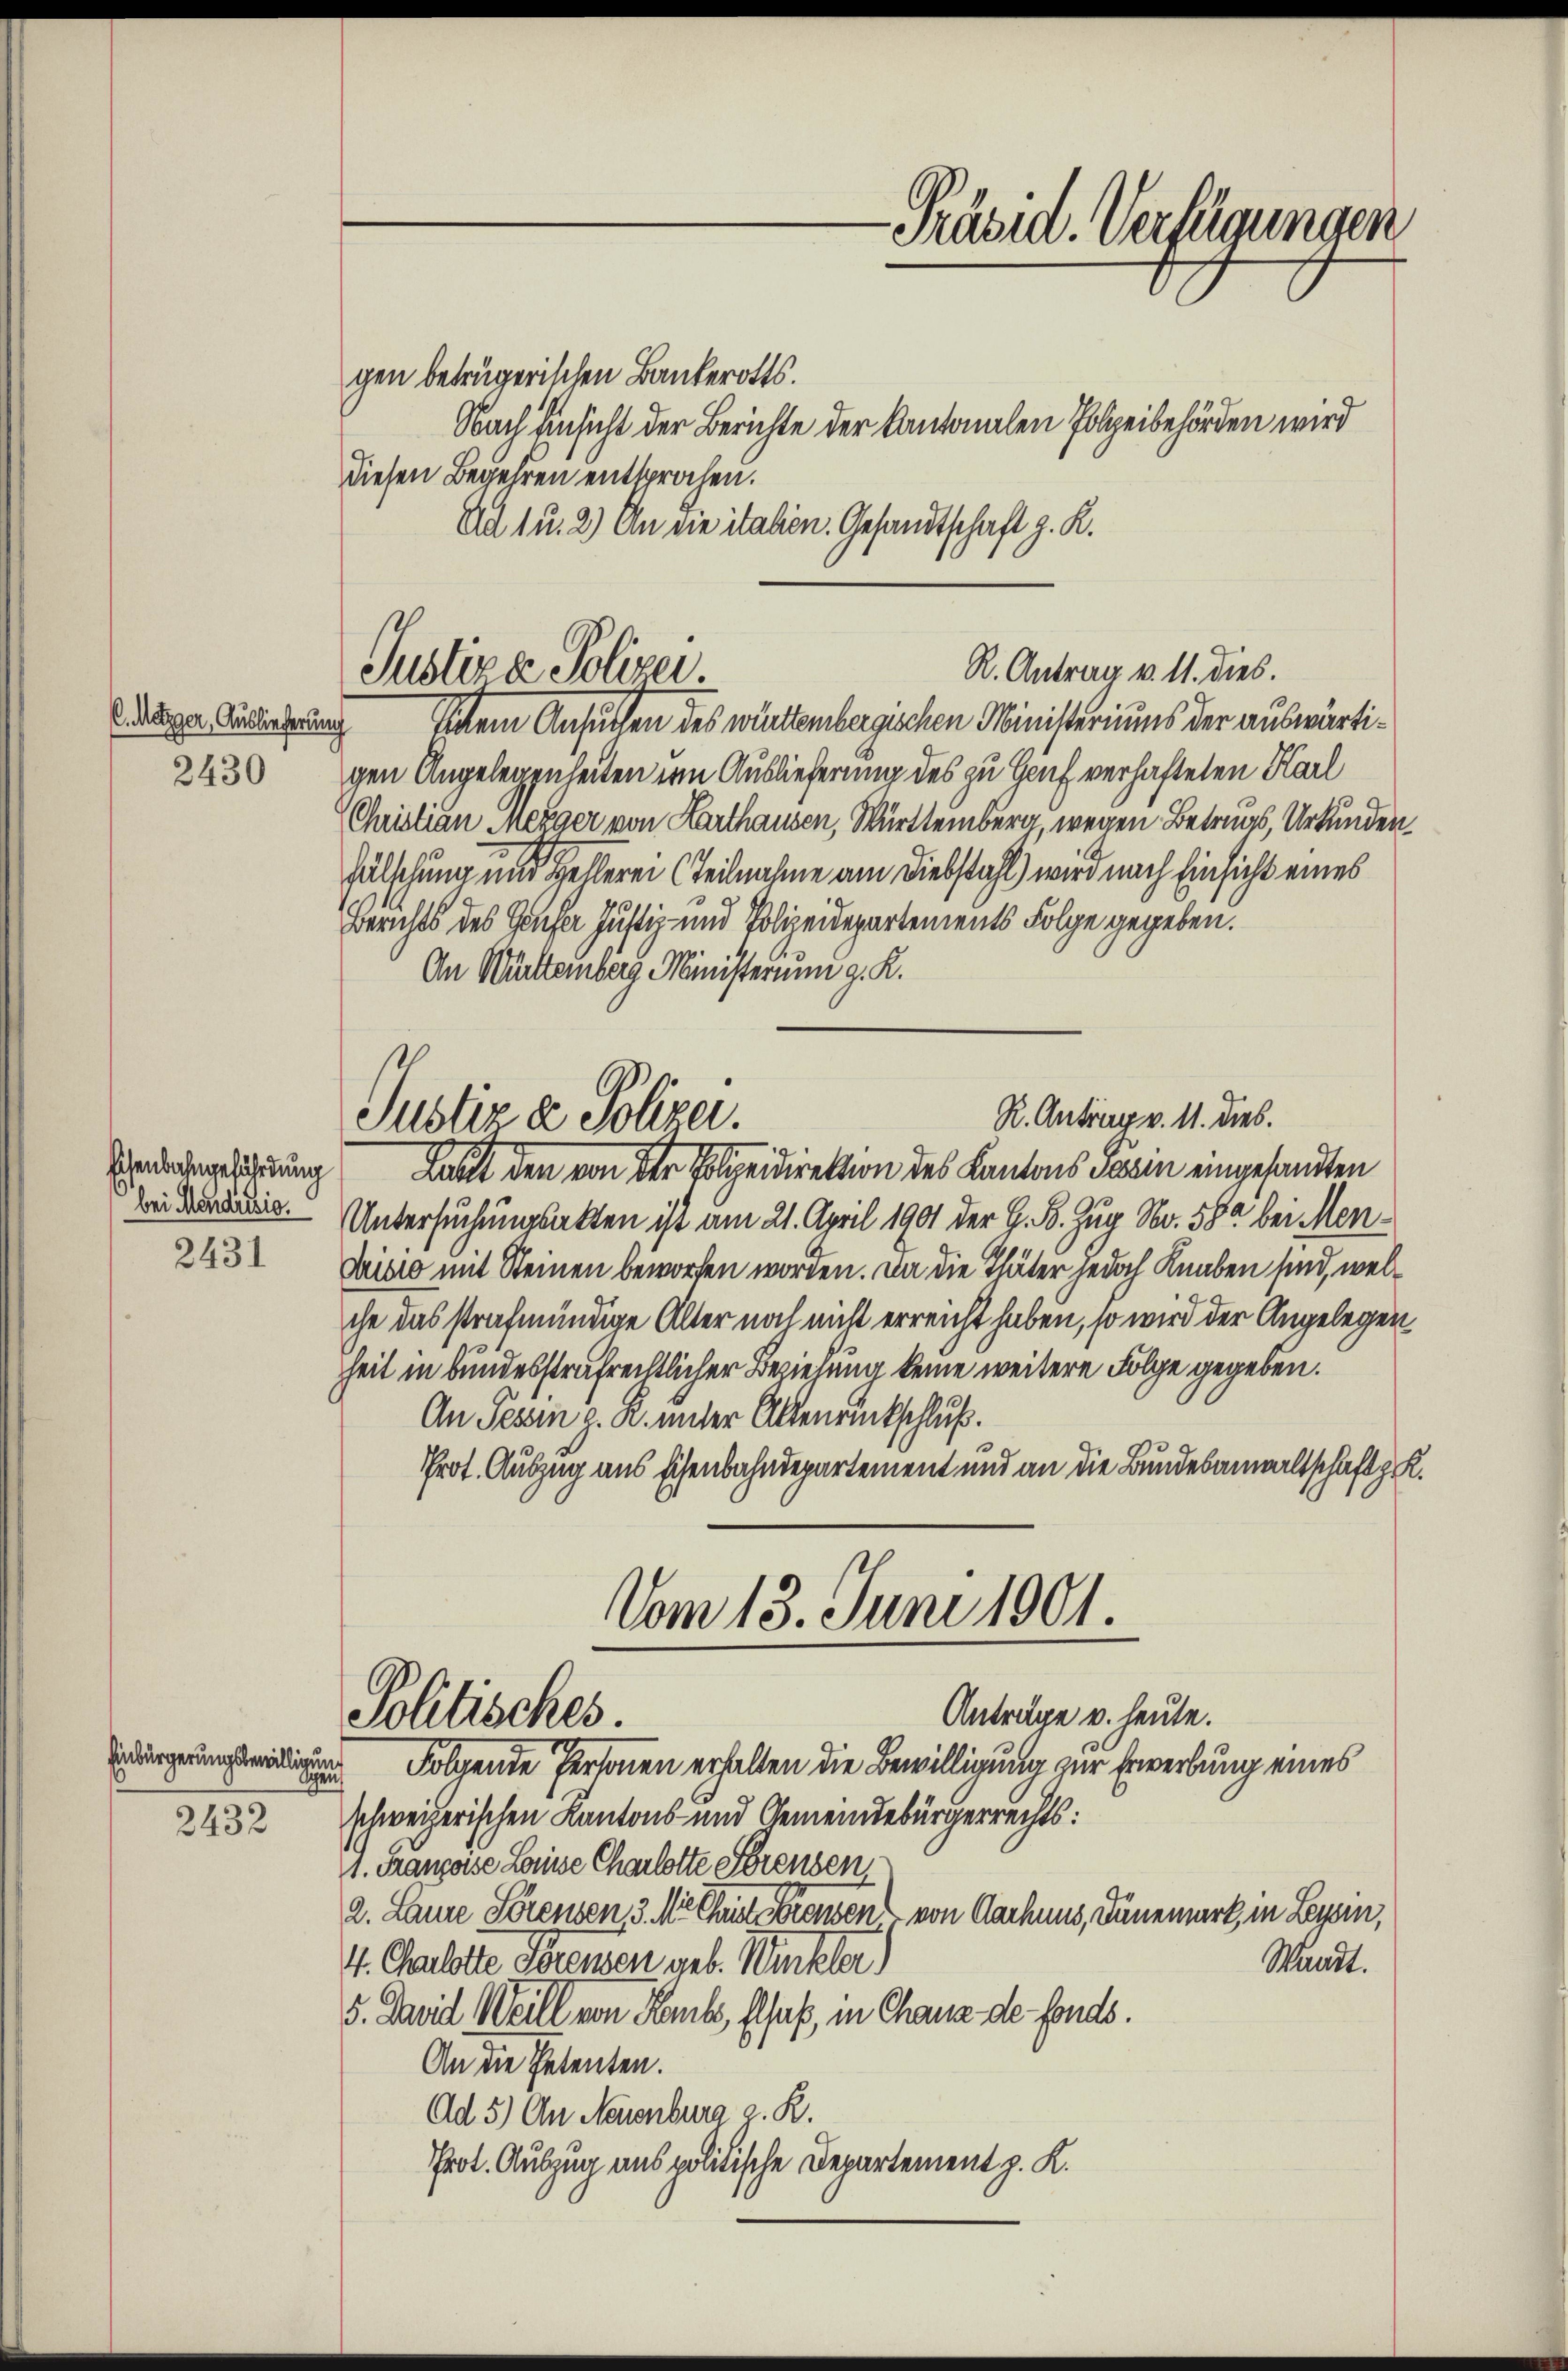
C. Metzger, Auslieferung
2430

2431

Einbürgerungsbewilligung
2432

Sichem Ansuchen des württembergischen Ministeriums der auswärtigen Angelegenheiten im Auslieferung des zu Genf verhafteten Karl
(Christian Mezger von Harthausen, Württemberg, wegen Betruges, Urkunden.
Fälschung und Kellerei Teilnahme am Diebstahl wird nach Einsicht eines
Berichts des Hauser Justiz- und Polizeidepartements Folge gegeben.
An Württeinberg Ministerium g. K.
Borderung Last den von der Polizeidirektion des Kantons Parin eingesandten
a. Untersuchungsakten ist am 21. April 1901 der G. B. Zug No. 580 bei Men¬
Jaisis mit Steinen beworfen worden. Da die Thäter jedoch Knaben sind, welche das strafmündige Alter noch nicht erreicht haben, so wird der Angelegen
heit in bundesstrafrechtlicher Beziehung keine weitere Folge gegeben.
An Tessin z. R. unter Altenrückschluß.
Prot. Auszug aus schenbahndepartement und an die Bundesanwaltschaft z. R.
Vom 13. Juni 1901.
Anträge v. heute.
Politisches.
Folgende Personen erhalten die Bewilligung zur Erwerbung eines
Sipen
schweizerischen Kantons- und Gemeindebürgerrechts:
1. Franzoise Louise Charlotte Serenden,
2. Laure Sorenzen, 3. Mr. Christ es aber einen von Dachens, Dänemark, in Tessin,
Waadt.
4. Charlotte Sorenzen geb. Winkler)
5. David Weill von Rank, Elsaß, in Chauz de fonds.
An die Petenten.
Ad 5) An Neuenburg z. R.
Prot. Auszug aus politische Departement z. K.

Ad 1 u. 2.) An die italien. Gesandtschaft z. K.

R. Antrag v. 11. dies.
Justiza Polizei.

Justiz & Polizei.

-Präsid. Verfügungen
gen betrügerischen Bankerotts.
Nach Einsicht der Berichte der Kantonalen Polizeibehörden wird
diesen Begehren entsprochen.

R. Antrag v. 11. dies.